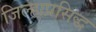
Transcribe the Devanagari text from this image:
जिल्हाप्रसिद्ध